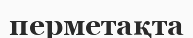
перметақта